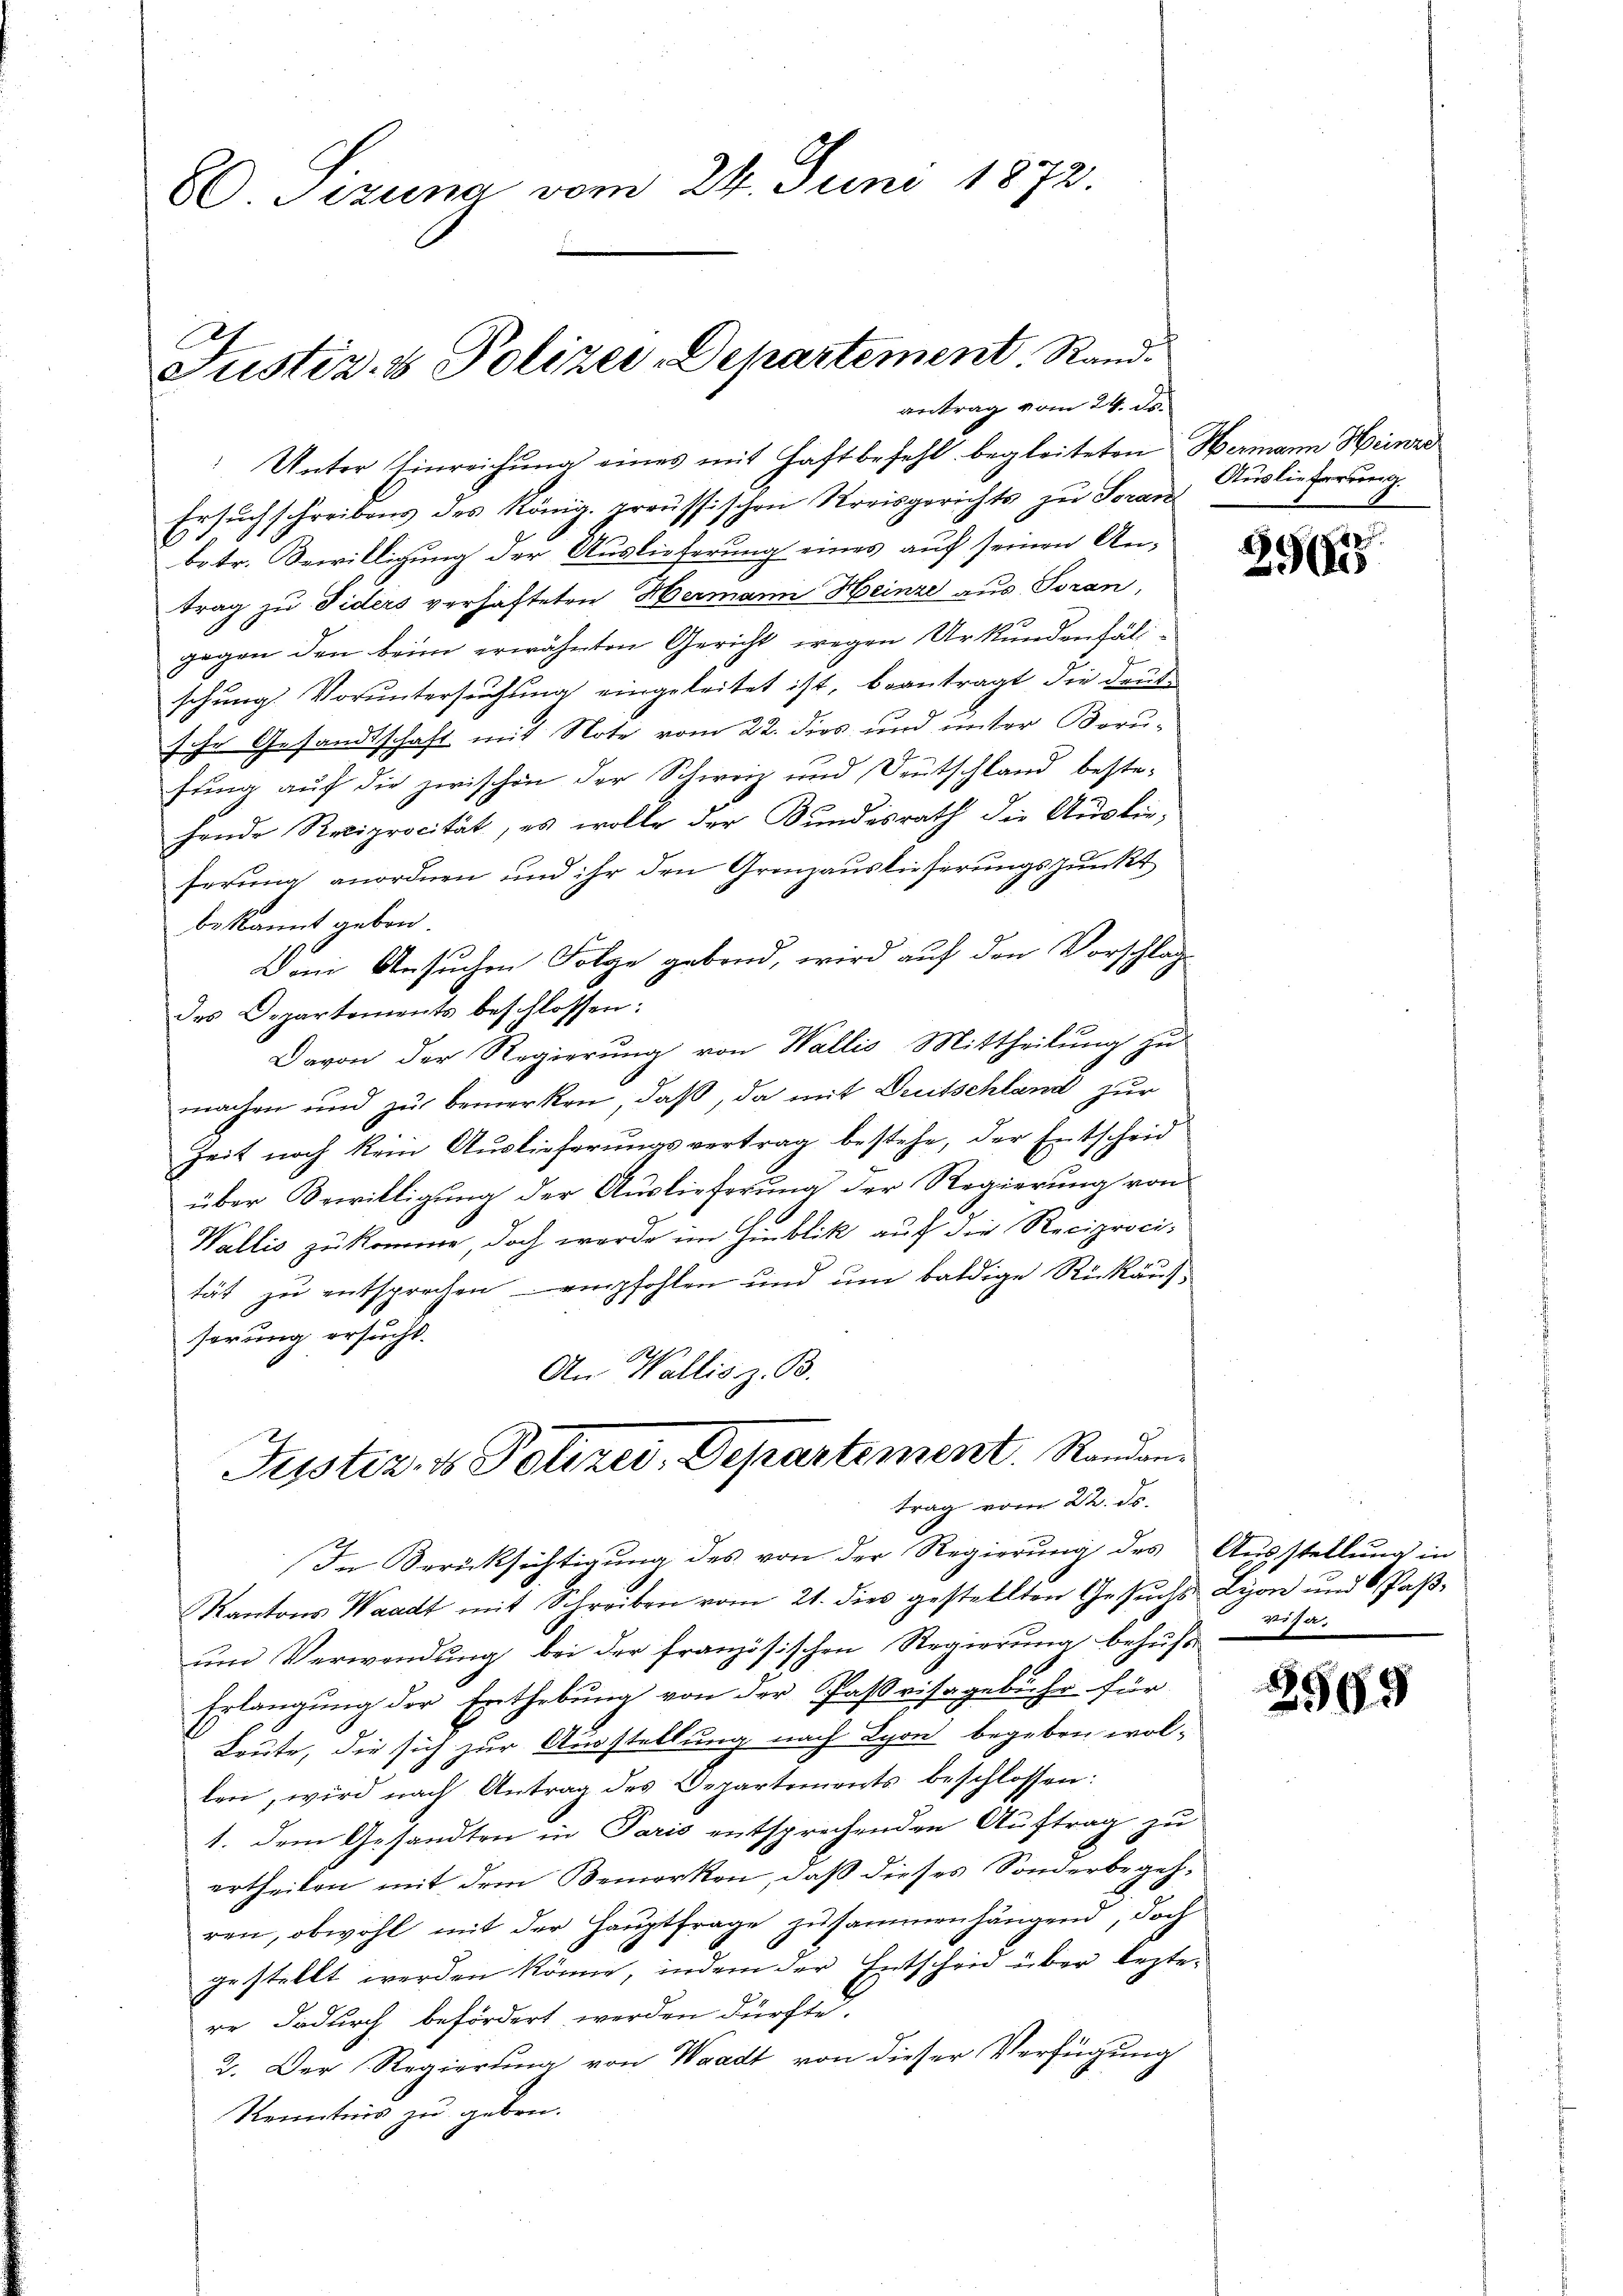
80. Sezuna vom 24. Juni 1872.

Justiz- & Polizei-Departement, Rand-
antrag vom 24. de

Justiz & Polizei, Departement. Randantrag vom 22. ds.
In Berücksichtigung des von der Regierung des Ausstellung in

Unter Einreichung eines mit Haftbefehl begleiteten Hermann Heinre
Ersuchschreibens des König. preussischen Kreisgerichts zu Soranbetr. Bewilligung der Auslieferung eines auf seinen Antrag zu Fiders verhafteten Hermann Heinze aus Toran,
gegen den beim erwähnten Gericht wegen Urkundenhälschung. Voruntersuchung eingeleitet ist, beantragt, die deutsche Gesandtschaft mit Note vom 22. dies und unter Berufung auf die zwischen der Schweiz und Deutschland beste-
hende Reciprocität, es wolle der Bundesrath die Auslieserung anordnen und ihr den Grenzauslieferungspunkt
bekannt geben.
Den Ansuchen Folge gebend, wird auf den Vorschlag
des Departements beschlossen:
Davon der Regierŭng von Wallis Mittheilŭng zu
machen und zu bemerken, daß, da mit Dritschland zur
Zeit noch kein Auslieferungsvertrag bestehe, der Entscheid
über Bewilligung der Auslieferung der Regierung von
Wallis zu komme, doch werde im Hinblik auf die Reciprocität zu entsprechen empfohlen und um baldige Rückäuf
serung ersucht.
An Wallis z. B.

Auslieferung

Kantons Waadt mit Schreiben vom 21. dies gestellten Gesŭchs Lyon und 6 Paβ-
um Verwendung bei der französischen Regierung behufs
Erlangung der Enthebung von der Passvisagebühr für
Leute, die sich zur Ausstellung nach Lyon begeben wol-
len, wird nach Antrag des Departements beschlossen:
1. dem Gesandten in Paris entsprechenden Auftrag zu
ertheilen mit dem Bemerken, daß dieses Sonderbegeh-
ren, obwohl mit der Hauptfrage zusammenhängend, doch
gestellt werden könne, indem der Entscheid über leztere dadurch befördert werden dürfte.
2. Der Regierŭng von Waadt von dieser Verfügung
Kenntnis zu geben.

2
23625

verha

2569